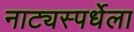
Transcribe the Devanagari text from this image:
नाट्यस्पर्धेला